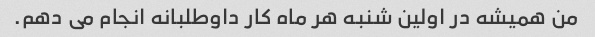
من همیشه در اولین شنبه هر ماه کار داوطلبانه انجام می دهم.